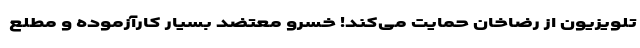
تلویزیون از رضاخان حمایت می‌کند! خسرو معتضد بسیار کارآزموده و مطلع